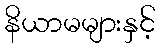
နိယာမများနှင့်